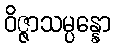
ဝိဇ္ဇာသမ္ပန္နော